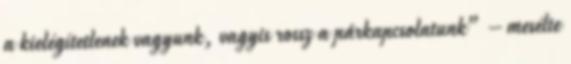
a kielégítetlenek vagyunk, vagyis rossz a párkapcsolatunk” – mesélte